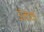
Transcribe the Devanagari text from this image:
अंकक